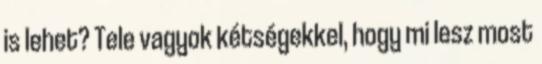
is lehet? Tele vagyok kétségekkel, hogy mi lesz most